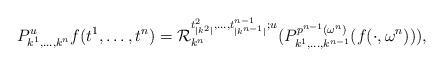
LaTeX: \begin{align*}P^u_{k^1,\ldots,k^n}f (t^1,\ldots,t^n)=\mathcal{R}^{t^2_{|k^2|},\ldots,t^{n-1}_{|k^{n-1}|};u}_{k^n} (P^{p^{n-1}(\omega^n)}_{k^1,\ldots,k^{n-1}}(f(\cdot,\omega^n))),\end{align*}